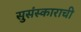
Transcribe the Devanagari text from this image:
सुसंस्काराची